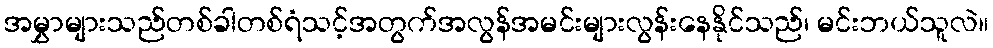
အမွှာများသည်တစ်ခါတစ်ရံသင့်အတွက်အလွန်အမင်းများလွန်းနေနိုင်သည်၊ မင်းဘယ်သူလဲ။